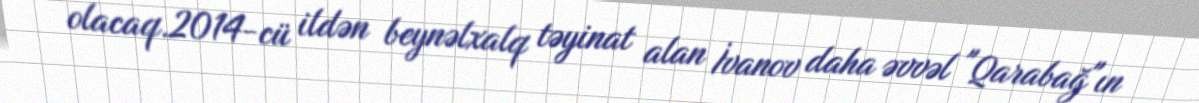
olacaq.2014-cü ildən beynəlxalq təyinat alan İvanov daha əvvəl "Qarabağ"ın